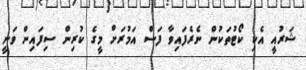
ޝަރުއީ އެކި ކޯޓުތަކުން ނެރެފައިވާ ފަސް އަމުރަށް މީގެ ކުރިން ސިފައިން ވަނީ